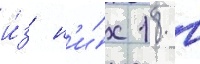
и́з н'и́х 18 в